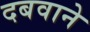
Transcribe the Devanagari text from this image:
दबवाने